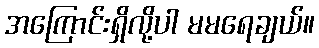
အကြောင်းရှိလို့ပါ မမရေချယ်။